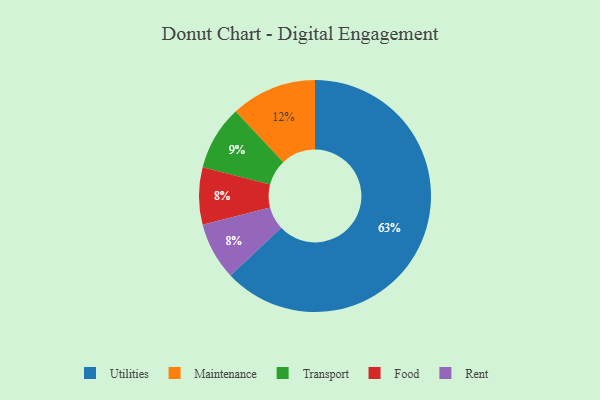
{"axis": {"x": "Category", "y": "Percentage"}, "legend": ["Food", "Maintenance", "Rent", "Transport", "Utilities"], "data": [{"x": "Transport", "y": 9, "type": "Transport"}, {"x": "Utilities", "y": 63, "type": "Utilities"}, {"x": "Food", "y": 8, "type": "Food"}, {"x": "Maintenance", "y": 12, "type": "Maintenance"}, {"x": "Rent", "y": 8, "type": "Rent"}]}